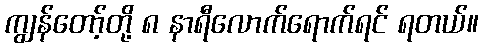
ကျွန်တော့်တို့ ၈ နာရီလောက်ရောက်ရင် ရတယ်။